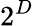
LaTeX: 2^{D}